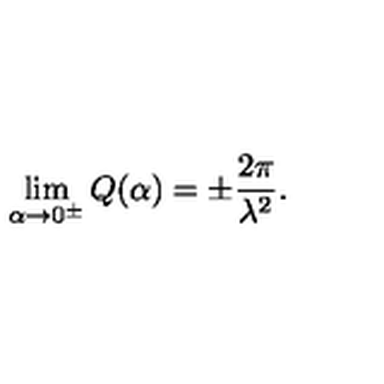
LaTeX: \lim _ { \alpha \rightarrow 0 ^ { \pm } } Q ( \alpha ) = \pm \frac { 2 \pi } { \lambda ^ { 2 } } .